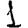
Digit: 1